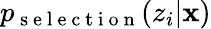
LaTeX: p_{\mathrm{~s~e~l~e~c~t~i~o~n~}}(z_{i}|\mathbf{x})